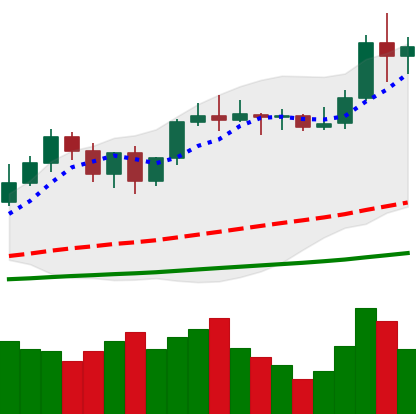
Ticker: LTC-USD
Chart end date: 2021-01-05
Forward return: 7.894%
Label: up_7plus